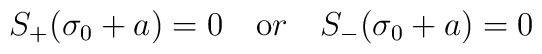
S_+(\sigma_0+a)=0 \quad {\mbox or} \quad S_-(\sigma_0+a)=0